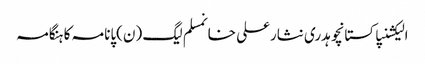
الیکشنپاکستانچوہدری نثارعلی خانمسلم لیگ (ن)پانامہ کا ہنگامہ